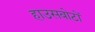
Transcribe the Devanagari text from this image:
हाउसबोटों